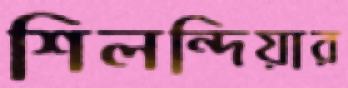
শিলন্দিয়ার